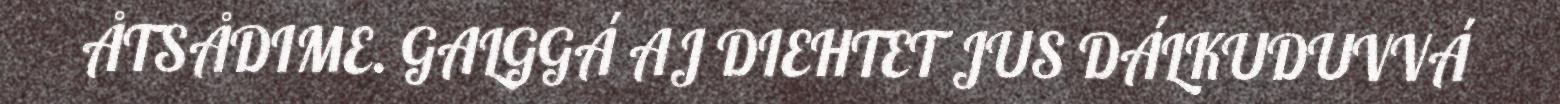
ÅTSÅDIME. GALGGÁ AJ DIEHTET JUS DÁLKUDUVVÁ